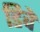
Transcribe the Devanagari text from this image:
डिवे